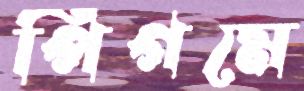
পিগমে